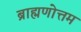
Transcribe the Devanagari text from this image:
ब्राह्मणोत्तम